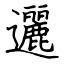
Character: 邐